Medical and sanitary report on the native army of Bombay for the year
Year: 1879
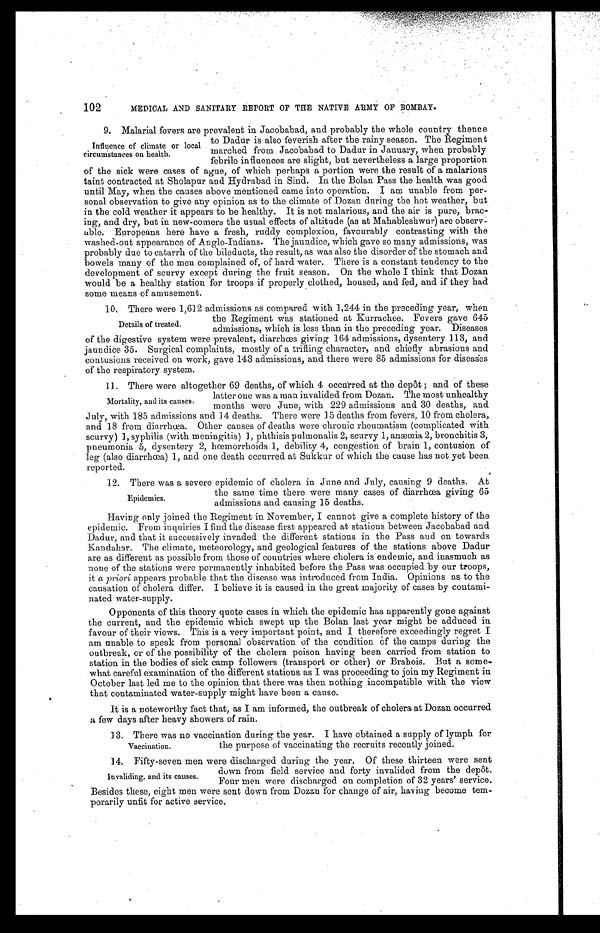
MEDICAL AND SANITARY REPORT OF THE NATIVE ARMY OF BOMBAY.
9. Malarial fevers are prevalent in Jacobabad, and probably the whole country thence
to Dadur is also feverish after the rainy season. The Regiment
marched from Jacobabad to Dadur in January, when probably
febrile influences are slight, but nevertheless a large proportion
of the sick were cases of ague, of which perhaps a portion were the result of a malarious
taint contracted at Sholapur and Hydrabad in Sind. In the Bolan Pass the health was good
until May, when the causes above mentioned came into operation. I am unable from per
- s o n a l o b s e r v a t i o n t o g i v e a n y o p i n i o n a s t o t h e c l i m a t e o f D o z a n d u r i n g t h e h o t w e a t h e r , b u t
in the cold weather it appears to be healthy. It is not malarious, and the air is pure, brac
- i n g , a n d d r y , b u t i n n e w - c o r n e r s t h e u s u a l e f f e c t s o f a l t i t u d e ( a s a t M a h a b l e s h w u r ) a r e o b s e r v -
able. Europeans here have a fresh, ruddy complexion, favourably contrasting with the
washed-out appearance of Anglo-Indians. The jaundice, which gave so many admissions, was
probably due to catarrh of the bileducts, the result, as was also the disorder of the stomach and
bowels many of the men complained of, of hard water. There is a constant tendency to the
development of scurvy except during the fruit season. On the whole I think that Dozan
would be a healthy station for troops if properly clothed, housed, and fed, and if they had
some means of amusement.
10. There were 1,612 admissions as compared with 1,244 in the preceding year, when
the Regiment was stationed at Kurrachee. Fevers gave 645
admissions, which is less than in the preceding year. Diseases
of the digestive system were prevalent, diarrhœa giving 164 admissions, dysentery 113, and
jaundice 35. Surgical complaints, mostly of a trifling character, and chiefly abrasions and
contusions received on work, gave 143 admissions, and there were 85 admissions for diseases
of the respiratory system.
11. There were altogether 69 deaths, of which 4 occurred at the depôt; and of these
latter one was a man invalided from Dozan. The most unhealthy
months were June, with 229 admissions and 30 deaths, and
July, with 185 admissions and 14 deaths. There were 15 deaths from fevers, 10 from cholera,
and 18 from diarrhœ. Other causes of deaths were chronic rheumatism (complicated with
scurvy) 1, syphilis (with meningitis) 1, phthisis pulmonalis 2, scurvy 1, anæmia 2, bronchitis 3,
pneumonia 5, dysentery 2, hœmorrhoids 1, debility 4, congestion of brain 1, contusion of
leg (also diarrhœa) 1, and one death occurred at Sukkur of which the cause has not yet been
reported.
1 2 . T h e r e w a s a s e v e r e e p i d e m i c o f c h o l e r a i n J u n e a n d J u l y , c a u s i n g 9 d e a t h s . A t
the same time there were many cases of diarrhœa giving 65
admissions and causing 15 deaths.
Having only joined the Regiment in November, I cannot give a complete history of the
epidemic. From inquiries I find the disease first appeared at stations between Jacobabad and
Dadur, and that it successively invaded the different stations in the Pass and on towards
Kandahar. The climate, meteorology, and geological features of the stations above Dadur
are as different as possible from those of countries where cholera is endemic, and inasmuch as
none of the stations were permanently inhabited before the Pass was occupied by our troops,
it a priori appears probable that the disease was introduced from India. Opinions as to the
causation of cholera differ. I believe it is caused in the great majority of cases by contami
-nated water-supply.
Opponents of this theory quote cases in which the epidemic has apparently gone against
the current, and the epidemic which swept up the Bolan last year might be adduced in
favour of their views. This is a very important point, and I therefore exceedingly regret I
am unable to speak from personal observation of the condition of the camps during the
outbreak, or of the possibility of the cholera poison having been carried from station to
station in the bodies of sick camp followers (transport or other) or Brahois. But a some
-what careful examination of the different stations as I was proceeding to join my Regiment in
October last led me to the opinion that there was then nothing incompatible with the view
that contaminated water-supply might have been a cause.
It is a noteworthy fact that, as I am informed, the outbreak of cholera at Dozan occurred
a few days after heavy showers of rain.
13. There was no vaccination during the year. I have obtained a supply of lymph for
the purpose of vaccinating the recruits recently joined.
102
Influence of climate or local
circumstances on health.
Details of treated.
Mortality, and its causes.
Epidemics.
Vaccination.
14. Fifty-seven men were discharged during the year. Of these thirteen were sent
down from field service and forty invalided from the depôt.
Four men were discharged on completion of 32 years' service.
Besides these, eight men were sent down from Dozan for change of air, having become tem
- p o r a r i l y u n f i t f o r a c t i v e s e r v i c e .
Invaliding, and its causes.